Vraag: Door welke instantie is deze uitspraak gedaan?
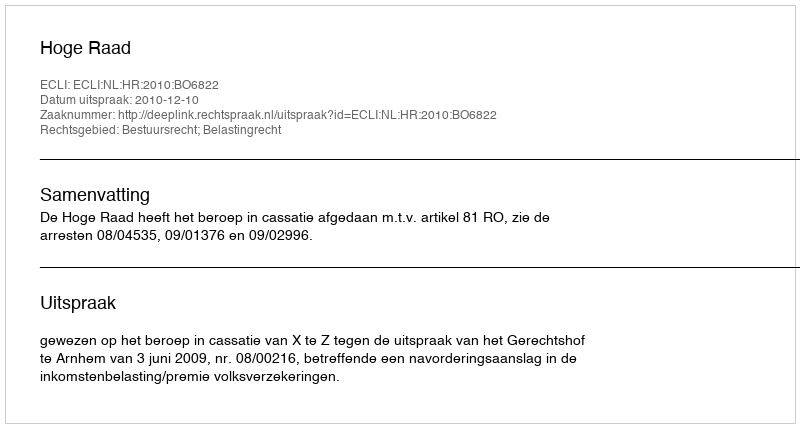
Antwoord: Hoge Raad